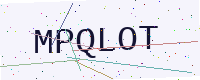
Text: MPQLOT